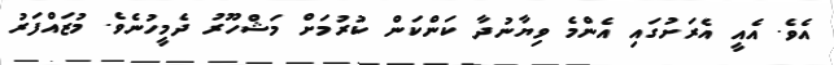
އެވެ. އެއީ އެރަށުގައި އެންމެ ވިޔާނުދާ ކަންކަން ކުރުމަށް މަޝްހޫރު ދެމީހުނެވެ. މުޒައްފަރު